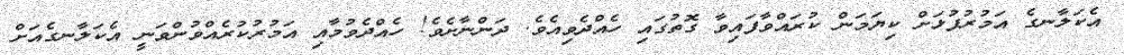
އެކަލާނގެ އަމުރުފުޅަށް ކިޔަމަން ކުރައްވާފައިވާ ގޮތުގައި ހެއްދެވިއެވެ. ދަންނާށެވެ! ހެއްދެވުމާއި އަމުރުކުރެއްވުންވަނީ އެކަލާނގެއަށް